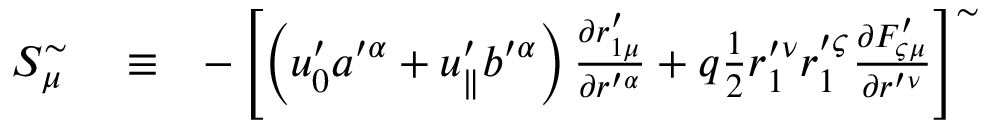
\begin{array} { r l r } { S _ { \mu } ^ { \sim } } & { { } \equiv } & { - \left[ \left( u _ { 0 } ^ { \prime } a ^ { \prime \alpha } + u _ { \parallel } ^ { \prime } b ^ { \prime \alpha } \right) \frac { \partial r _ { 1 \mu } ^ { \prime } } { \partial r ^ { \prime \alpha } } + q \frac { 1 } { 2 } r _ { 1 } ^ { \prime \nu } r _ { 1 } ^ { \prime \varsigma } \frac { \partial F _ { \varsigma \mu } ^ { \prime } } { \partial r ^ { \prime \nu } } \right] ^ { \sim } } \end{array}